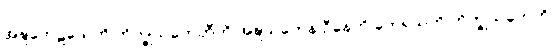
အဍ္ဎတေဠသေဟိ ဘိက္ခုသတေဟီတိ အဍ္ဎသတေန ဦနေဟိ တေရသဟိ ဘိက္ခုသတေဟိ။